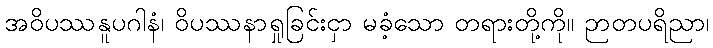
အဝိပဿနူပဂါနံ၊ ဝိပဿနာရှုခြင်းငှာ မခံ့သော တရားတို့ကို။ ဉာတပရိညာ၊